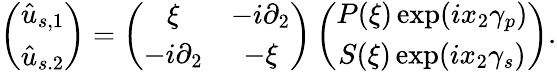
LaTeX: \left(\begin{array}{cc}{\hat{u}_{s,1}}\\ {\hat{u}_{s.2}}\end{array}\right)=\left(\begin{array}{cc}{\xi}&{-i\partial_{2}}\\ {-i\partial_{2}}&{-\xi}\end{array}\right)\left(\begin{array}{cc}{P(\xi)\, \mathrm{exp}(ix_{2}\gamma_{p})}\\ {S(\xi)\, \mathrm{exp}(ix_{2}\gamma_{s})}\end{array}\right).